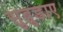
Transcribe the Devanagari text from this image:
सुब्नुडाए